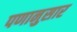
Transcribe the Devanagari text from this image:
पणानुसार